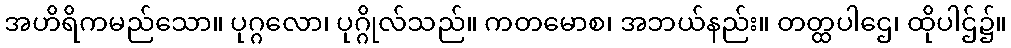
အဟိရိကမည်သော။ ပုဂ္ဂလော၊ ပုဂ္ဂိုလ်သည်။ ကတမောစ၊ အဘယ်နည်း။ တတ္ထပါဌေ၊ ထိုပါဌ်၌။